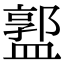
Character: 𥂣